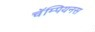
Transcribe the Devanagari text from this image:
चॅम्पियनस